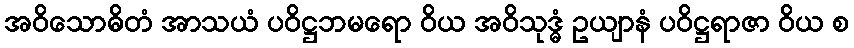
အဝိသောဓိတံ အာသယံ ပဝိဋ္ဌဘမရော ဝိယ အဝိသုဒ္ဓံ ဥယျာနံ ပဝိဋ္ဌရာဇာ ဝိယ စ